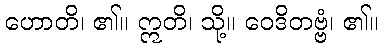
ဟောတိ၊ ၏။ ဣတိ၊ သို့။ ဝေဒိတဗ္ဗံ၊ ၏။